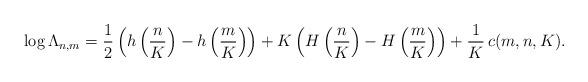
LaTeX: \begin{align*}\log \Lambda_{n,m} = \frac12 \left(h\left(\frac{n}{K}\right)-h\left(\frac{m}{K}\right)\right)+ K \left(H\left(\frac{n}{K}\right)-H\left(\frac{m}{K}\right)\right) + \frac{1}{K}\, c(m,n,K).\end{align*}